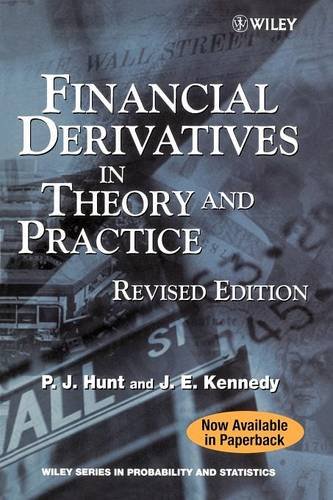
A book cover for Financial Derivatives in Theory and Practice; Philip Hunt; Business & Money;